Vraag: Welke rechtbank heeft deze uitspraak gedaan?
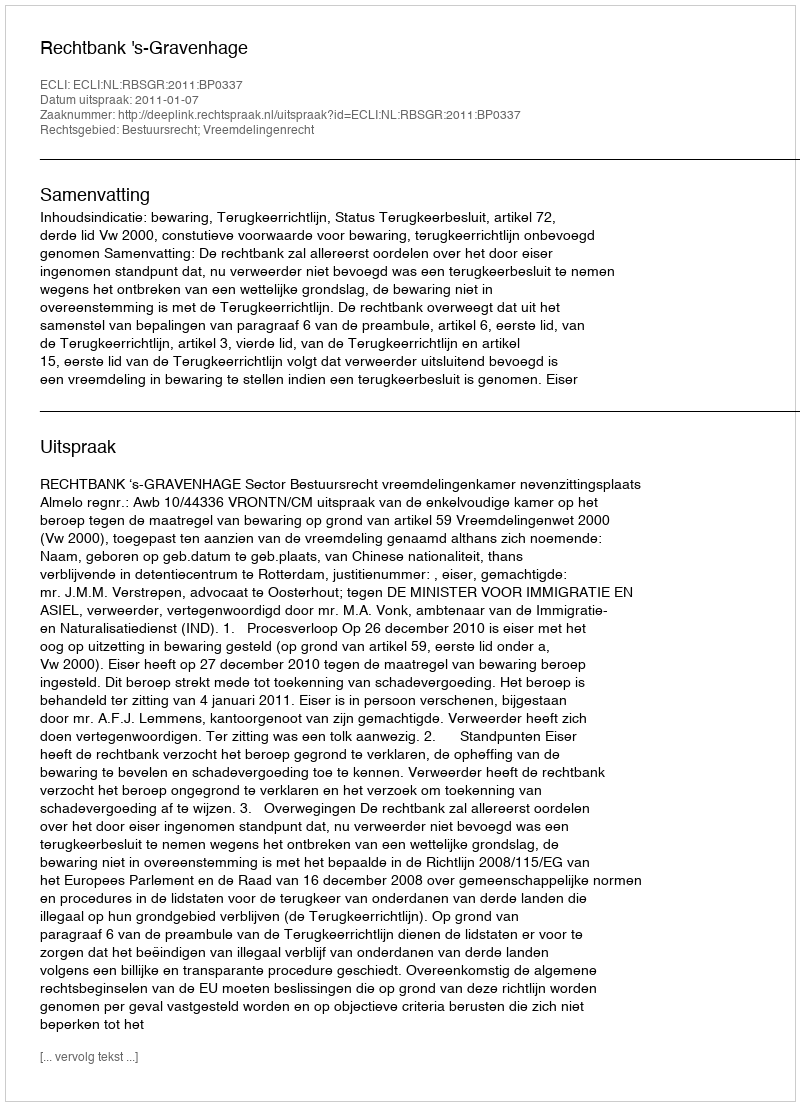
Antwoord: Rechtbank 's-Gravenhage